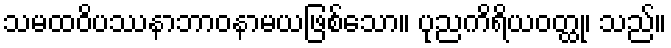
သမထဝိပဿနာဘာဝနာမယဖြစ်သော။ ပုညကိရိယဝတ္ထု၊ သည်။